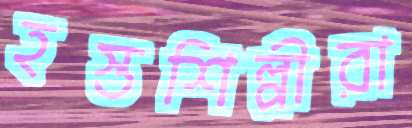
হস্তশিল্পীরা